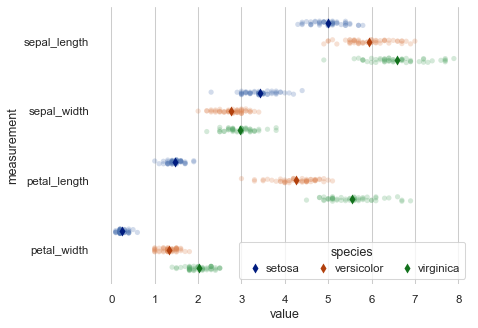
python, seaborn, despine, stripplot, pointplot, move_legend